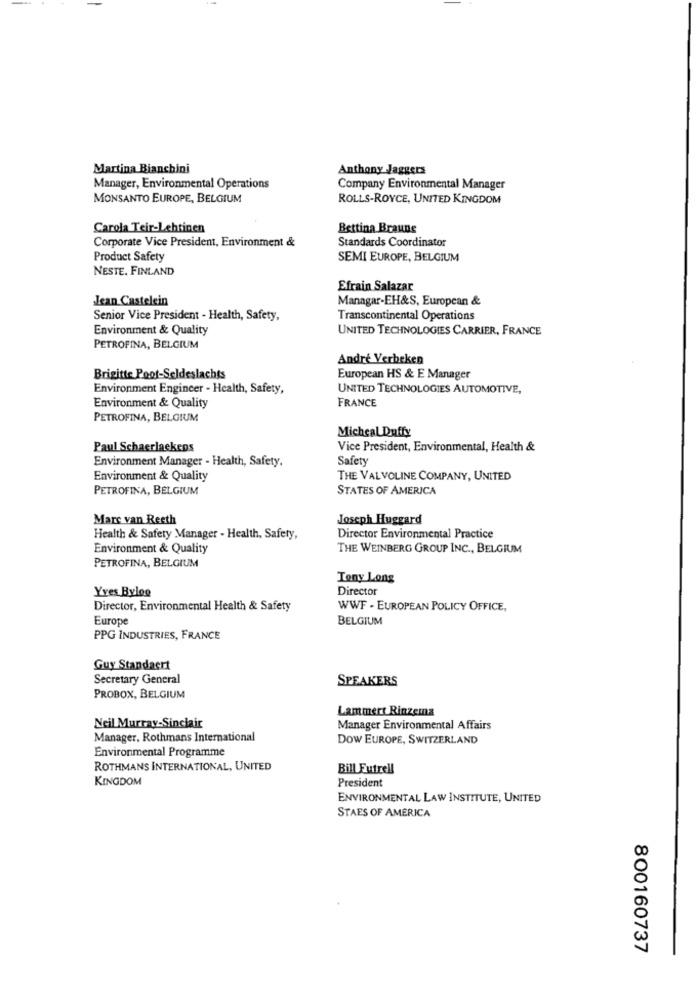
Martina Bianchini
Anthony Jaggers
Manager, Environmental Operations
Company Environmental Manager
MONSANTO EUROPE, BELGIUM
ROLLS-ROYCE, UNITED KINGDOM
Carola Teir-Lehtinen
Bettina Brauns
Corporate Vice President, Environment &
Standards Coordinator
Product Safety
SEMI EUROPE, BELGIUM
NESTE. FINLAND
Efrain Salazar
Jean Castelein
Managar-EH&S, European &
Senior Vice President - Health, Safety,
Transcontinental Operations
Environment & Quality
UNITED TECHNOLOGIES CARRIER, FRANCE
PETROFINA, BELGIUM
André Verbeken
Brigitte Poot-Seldeslachts
European HS & E Manager
Environment Engineer - Health, Safety,
UNITED TECHNOLOGIES AUTOMOTIVE,
FRANCE
Environment & Quality
PETROFINA, BELGIUM
Micheal Duffy
Paul Schaerlaekens
Vice President, Environmental, Health &
Environment Manager - Health, Safety.
Safety
Environment & Quality
THE VALVOLINE COMPANY, UNITED
PETROFINA, BELGIUM
STATES OF AMERICA
Marc van Reeth
Joseph Huggard
Health & Safety Manager - Health, Safety,
Director Environmental Practice
Environment & Quality
THE WEINBERG GROUP INC ., BELGIUM
PETROFINA, BELGIUM
Tony Long
Yves Byloe
Director
Director, Environmental Health & Safety
WWF - EUROPEAN POLICY OFFICE,
Europe
BELGIUM
PPG INDUSTRIES, FRANCE
Guy Standaert
Secretary General
SPEAKERS
PROBOX, BELGIUM
Lammert Rinzema
Neil Murray-Sinclair
Manager Environmental Affairs
Manager, Rothmans International
DOW EUROPE, SWITZERLAND
Environmental Programme
ROTHMANS INTERNATIONAL, UNITED
Bill Futrell
KINGDOM
President
ENVIRONMENTAL LAW INSTITUTE, UNITED
STAES OF AMERICA
800160737